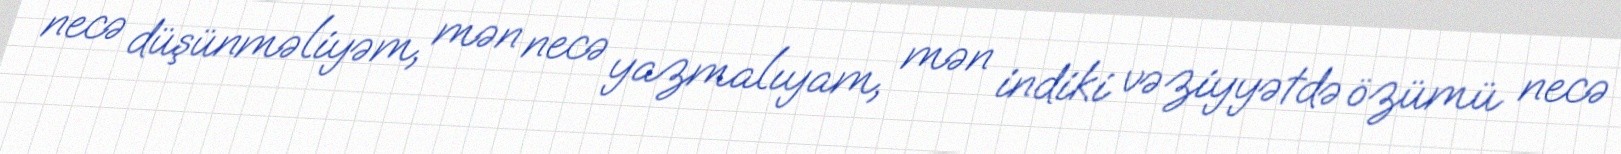
necə düşünməliyəm, mən necə yazmalıyam, mən indiki vəziyyətdə özümü necə